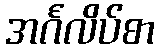
အင်္ဂလိပ်စာ